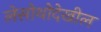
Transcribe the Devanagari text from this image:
लेसोथोदेखील